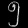
Digit: ၅